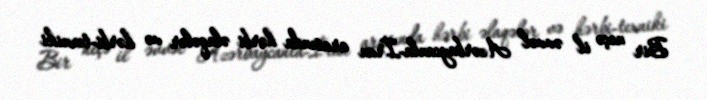
Bir neçə il əvvəl Azərbaycanla-İran arasında hərbi əlaqələr və hərbi-texniki